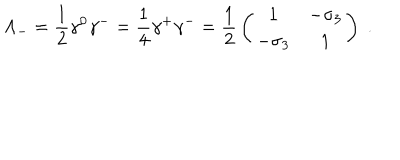
LaTeX: \Lambda _ { - } = { \frac { 1 } { 2 } } \gamma ^ { 0 } \gamma ^ { - } = { \frac { 1 } { 4 } } \gamma ^ { + } \gamma ^ { - } = { \frac { 1 } { 2 } } \left( \begin{array} { c c } { { 1 } } & { { - \sigma _ { 3 } } } \\ { { - \sigma _ { 3 } } } & { { 1 } } \\ \end{array} \right) \; .